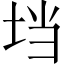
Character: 垱